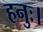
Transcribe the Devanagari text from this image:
हनुः।